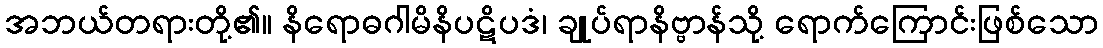
အဘယ်တရားတို့၏။ နိရောဓဂါမိနိပဋိပဒံ၊ ချုပ်ရာနိဗ္ဗာန်သို့ ရောက်ကြောင်းဖြစ်သော